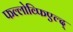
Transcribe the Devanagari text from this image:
फल्लोव्फिएल्द्